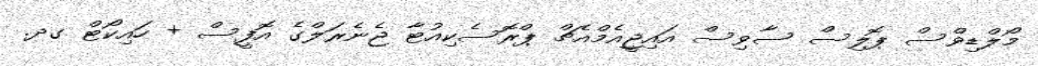
މޯލްޑިވްސް ޕޮލިސް ސާވިސް އައިޖީއެމްއެޗް ޕްރޮސެކިއުޓާ ޖެނެރަލްގެ އޮފީސް + ހައިކޯޓް ގދ.